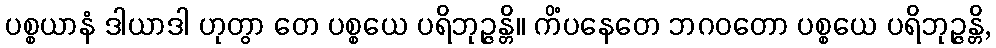
ပစ္စယာနံ ဒါယာဒါ ဟုတွာ တေ ပစ္စယေ ပရိဘုဉ္ဇန္တိ။ ကိံပနေတေ ဘဂဝတော ပစ္စယေ ပရိဘုဉ္ဇန္တိ,